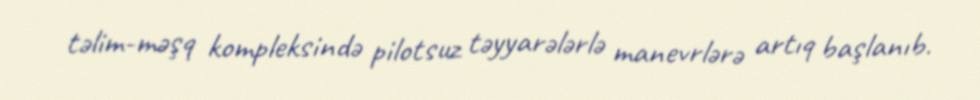
təlim-məşq kompleksində pilotsuz təyyarələrlə manevrlərə artıq başlanıb.